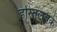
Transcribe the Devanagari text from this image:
हरितलवके